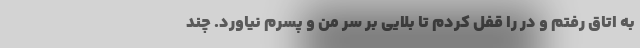
به اتاق رفتم و در را قفل کردم تا بلایی بر سر من و پسرم نیاورد. چند